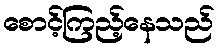
စောင့်ကြည့်နေသည်